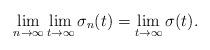
LaTeX: \begin{align*}\lim_{n \rightarrow \infty}\lim_{ t\rightarrow \infty} \sigma_n(t) = \lim_{t \rightarrow \infty} \sigma(t).\end{align*}